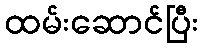
ထမ်းဆောင်ပြီး